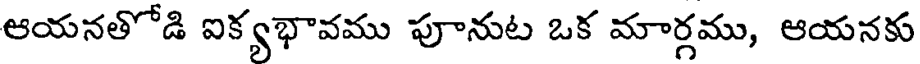
ఆయనతోడి ఐక్యభావము పూనుట ఒక మార్గము, ఆయనకు